Annual report on the Civil Veterinary Department, Burma (including the Insein Veterinary School) - 1923-1931
Year: 1923
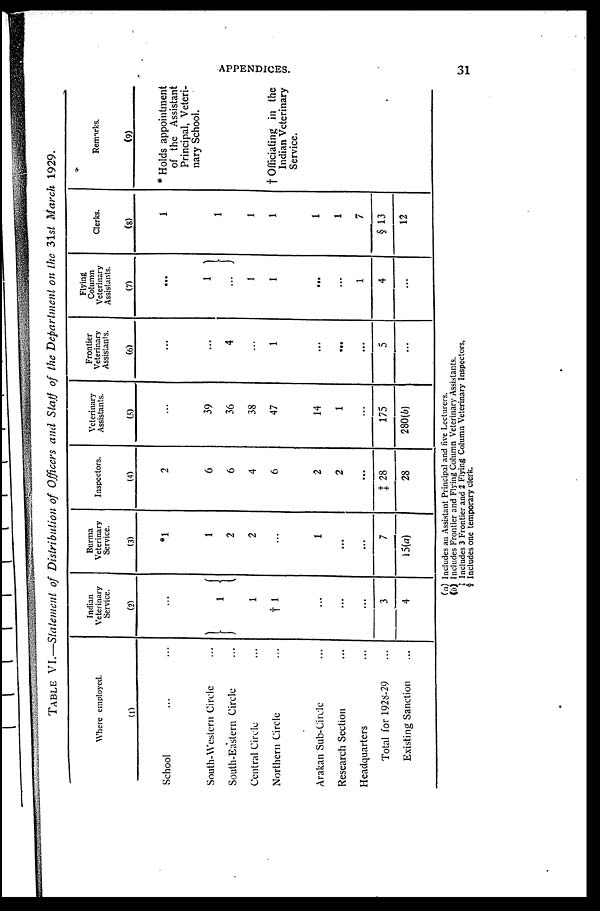
APPENDICES.
31
TABLE VI.—Statement of Distribution of Officers and Staff of the Department on the 31st March 1929.
Where employed.
(1)
School ... ...
South-Western Circle ...
South-Eastern Circle ...
Central Circle ...
Northern Circle ...
Arakan Sub-Circle ...
Research Section ...
Headquarters ...
Total for 1928-29 ...
Existing Sanction ...
Indian
Veterinary
Service.
(2)
...
1
1
† 1
...
...
...
3
4
Burma
Veterinary
Service.
(3)
1
1
2
2
...
1
...
...
7
15(a)
Inspectors.
(4)
2
6
6
4
6
2
2
...
X 28
28
Veterinary
Assistants.
(5)
...
39
36
38
47
14
1
...
175
280(6)
Frontier
Veterinary
Assistants.
(6)
...
...
4
...
1
...
...
...
5
...
Flying
Column
Veterinary
Assistants.
(7)
...
1
...
1
1
...
...
1
4
...
Clerks.
(8)
1
1
1
1
1
1
7
§ 13
12
Remarks.
(9)
* Holds appointment
of the Assistant
Principal, Veteri-
nary School.
† Officiating in the
Indian Veterinary
Service.
(a) Includes an Assistant Principal and live Lecturers.
(b) Includes Frontier and Flying Column Veterinary Assistants.
† Includes 3 Frontier and 2 Flying Column Veterinary Inspectors,
§ Includes one temporary clerk.